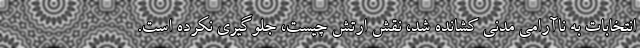
انتخابات به ناآرامی مدنی کشانده شد، نقش ارتش چیست، جلوگیری نکرده است.